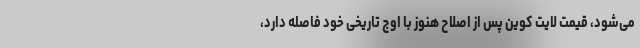
می‌شود، قیمت لایت کوین پس از اصلاح هنوز با اوج تاریخی خود فاصله دارد،